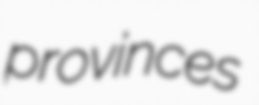
provinces